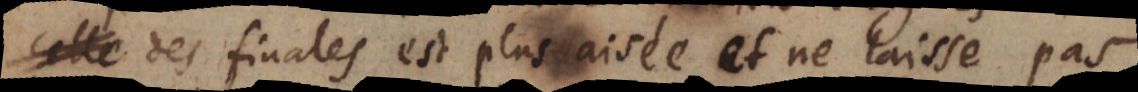
e des finales est plus aisée, et ne laisse pas